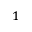
^ { 1 }